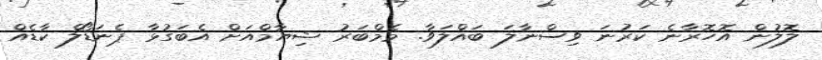
ލޮލުން އޮހޮރާނެ ކަރުނަ ވިސްނާލަ ބައްލަވާ. މެމްބަރު ޝިޔާމްއަށް އެބަގުޅާ ޕެނަޑޯލް ކާޑެއް